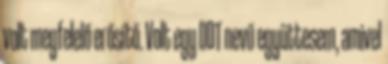
volt megfelelő erősítő. Volt egy DDT nevű együttesem, amivel